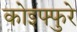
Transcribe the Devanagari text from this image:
कोइफ्फुरे